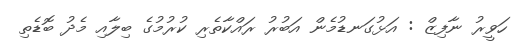
ހަވީރު ނާފިޒް : އަޅުގަނޑުމެން އަބުރު ރައްކާތެރި ކުރުމުގެ ބިލާއި މެދު ބޮޑެތި